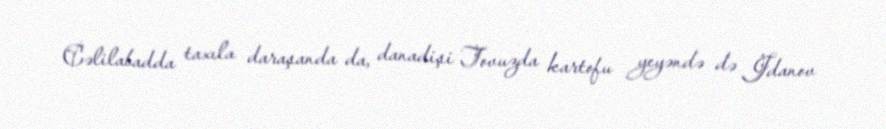
Cəlilabadda taxıla daraşanda da, danadişi Tovuzda kartofu yeyəndə də Jdanov